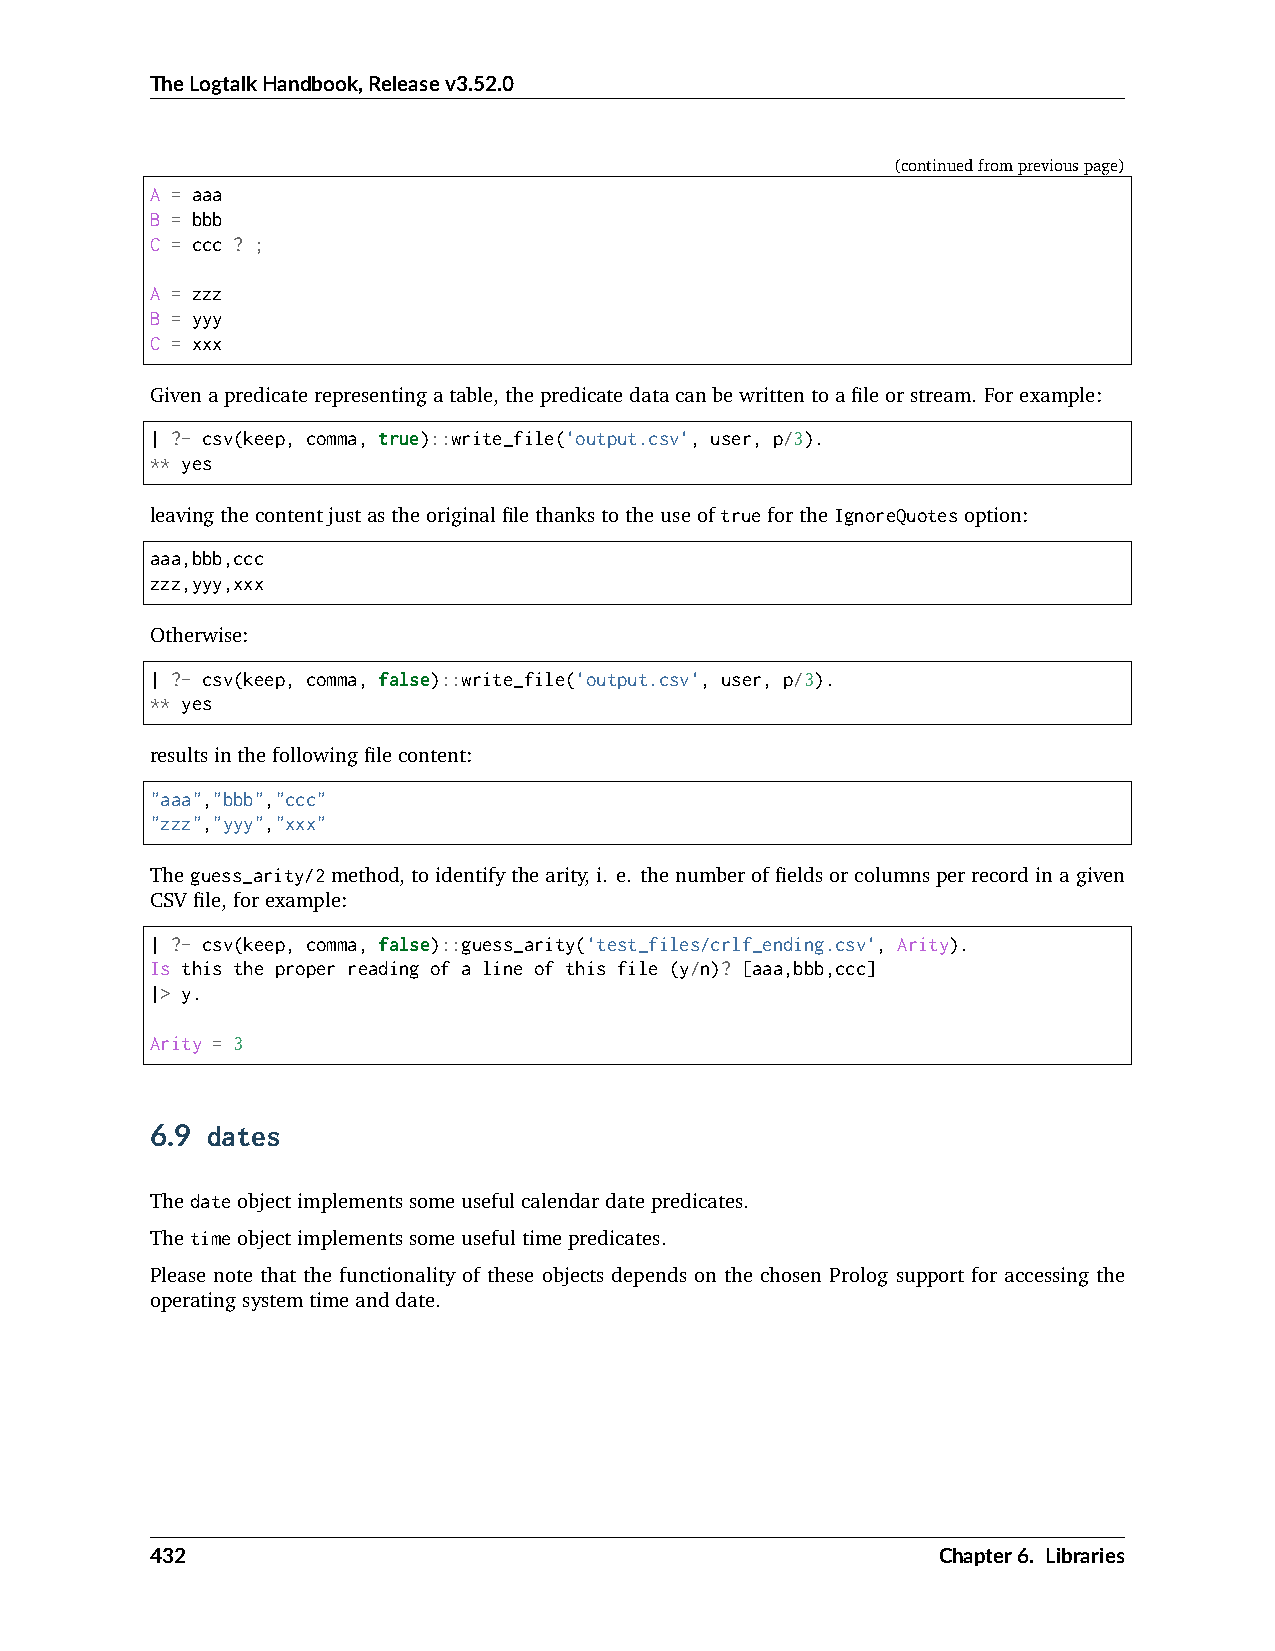
TheLogtalkHandbook,Releasev3.52.0
 (continuedfrompreviouspage)
 A = aaa
 B = bbb
 C = ccc ? ;
 A = zzz
 B = yyy
 C = xxx
 Givenapredicaterepresentingatable,thepredicatedatacanbewrittentoafileorstream. Forexample:
 | ?- csv(keep, comma, true)::write_file('output.csv', user, p/3).
 ** yes
 leavingthecontentjustastheoriginalfilethankstotheuseoftruefortheIgnoreQuotesoption:
 aaa,bbb,ccc
 zzz,yyy,xxx
 Otherwise:
 | ?- csv(keep, comma, false)::write_file('output.csv', user, p/3).
 ** yes
 resultsinthefollowingfilecontent:
 "aaa","bbb","ccc"
 "zzz","yyy","xxx"
 Theguess_arity/2method,toidentifythearity,i. e. thenumberoffieldsorcolumnsperrecordinagiven
 CSVfile,forexample:
 | ?- csv(keep, comma, false)::guess_arity('test_files/crlf_ending.csv', Arity).
 Is this the proper reading of a line of this file (y/n)? [aaa,bbb,ccc]
 |> y.
 Arity = 3
 6.9 dates
 Thedateobjectimplementssomeusefulcalendardatepredicates.
 Thetimeobjectimplementssomeusefultimepredicates.
 Please note that the functionality of these objects depends on the chosen Prolog support for accessing the
 operatingsystemtimeanddate.
 432                                                 Chapter6. Libraries